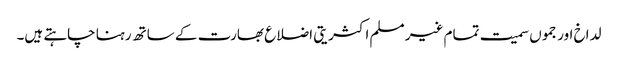
لداخ اور جموں سمیت تمام غیر مسلم اکثریتی اضلاع بھارت کے ساتھ رہنا چاہتے ہیں۔